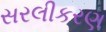
સરલીકરણ